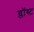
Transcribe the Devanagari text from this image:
ग्लॉस्ट